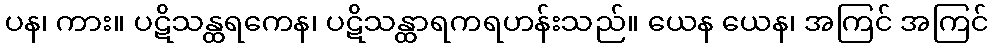
ပန၊ ကား။ ပဋိသန္ထရကေန၊ ပဋိသန္ထာရကရဟန်းသည်။ ယေန ယေန၊ အကြင် အကြင်